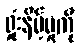
ရှုံးနိမ့်မှုကို